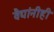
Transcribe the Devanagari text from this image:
वैद्यांनीही